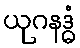
ယုဂနဒ္ဓံ